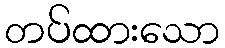
တပ်ထားသော